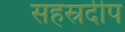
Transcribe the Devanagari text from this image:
सहस्रदीप